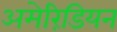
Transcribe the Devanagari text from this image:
अमेरिंडियन